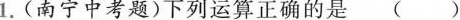
1.(南宁中考题)下列运算正确的是 ()